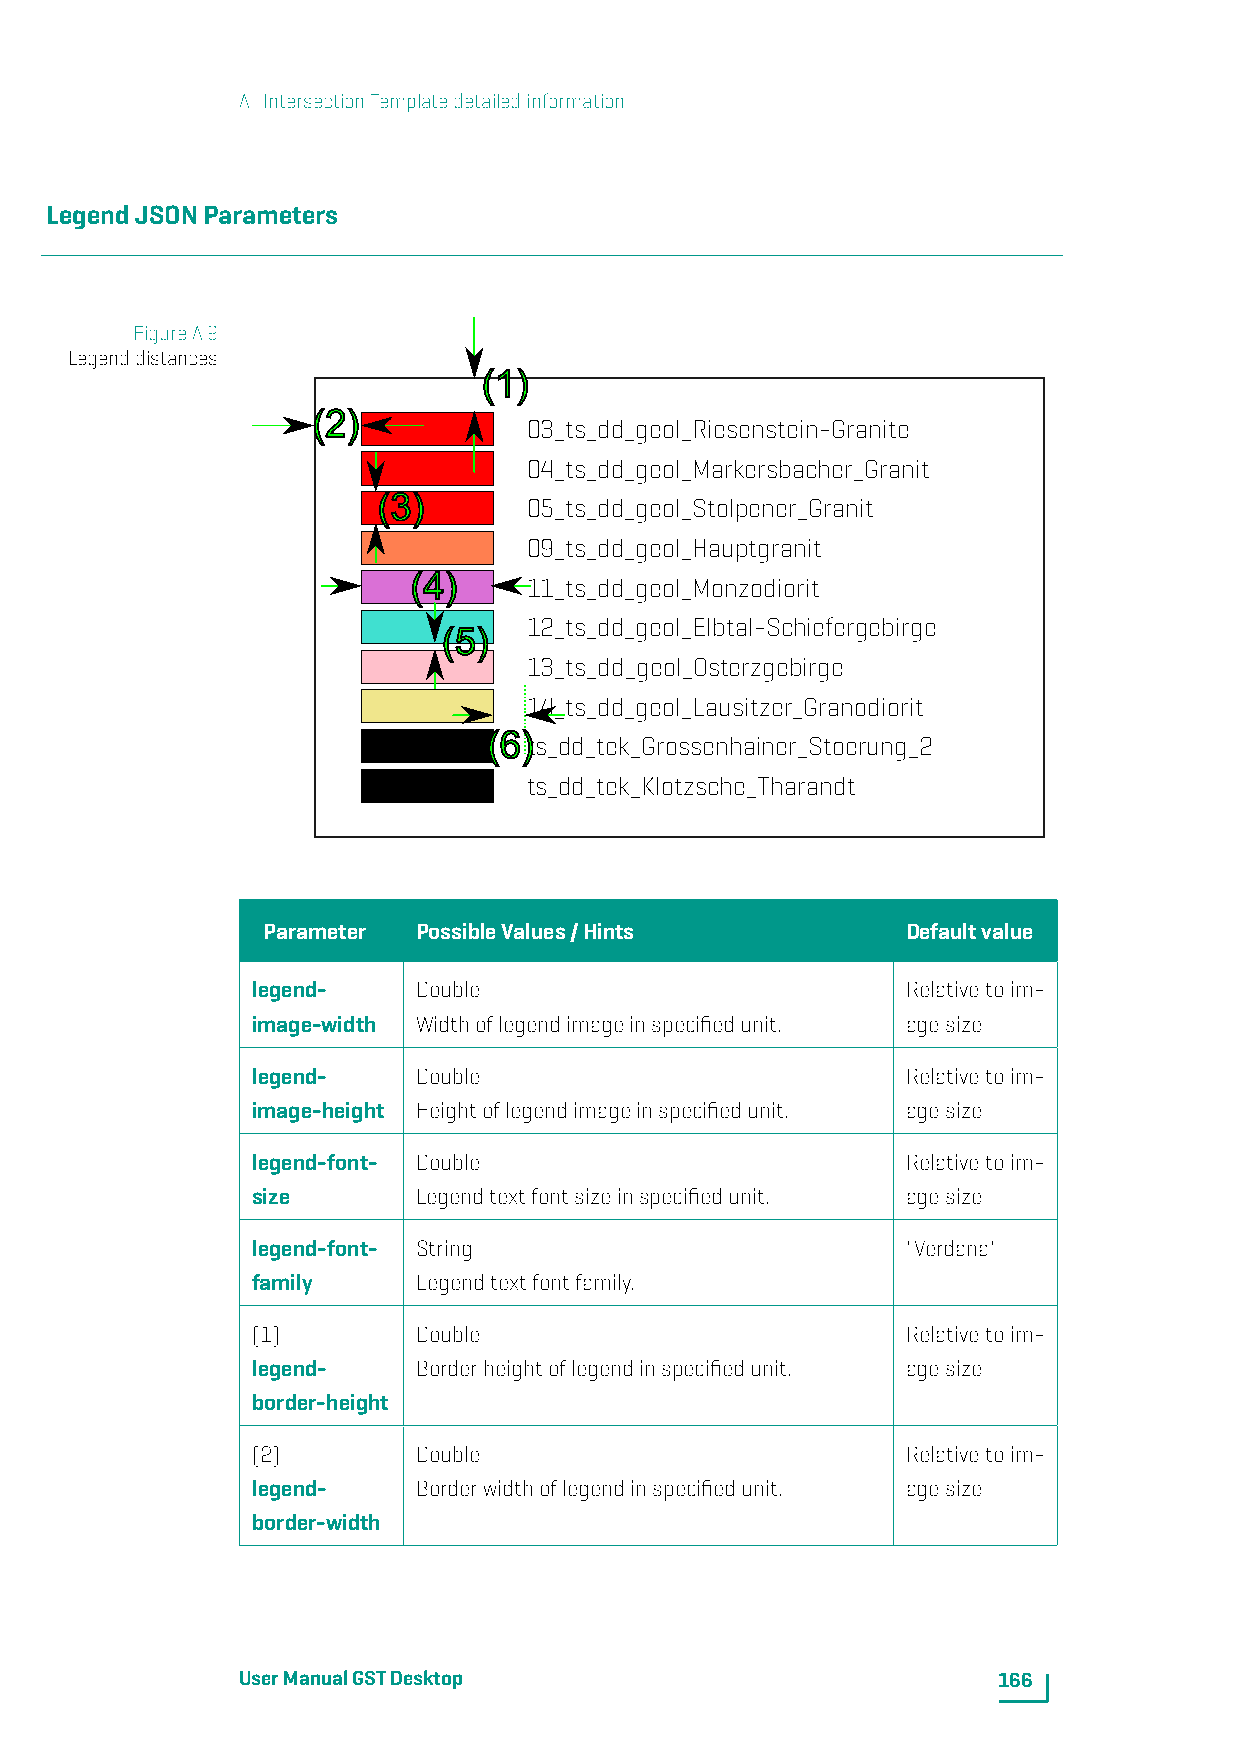
A. IntersectionTemplatedetailedinformation
 LegendJSONParameters
 FigureA.9
 Legenddistances
 (1)
 (2)
 03_ts_dd_geol_Riesenstein-Granite
 04_ts_dd_geol_Markersbacher_Granit
 (3)
 05_ts_dd_geol_Stolpener_Granit
 09_ts_dd_geol_Hauptgranit
 (4)
 11_ts_dd_geol_Monzodiorit
 12_ts_dd_geol_Elbtal-Schiefergebirge
 (5)
 13_ts_dd_geol_Osterzgebirge
 14_ts_dd_geol_Lausitzer_Granodiorit
 (6)
 ts_dd_tek_Grossenhainer_Stoerung_2
 ts_dd_tek_Klotzsche_Tharandt
 Parameter  PossibleValues/Hints            Defaultvalue
 legend-    Double                          Relativetoim-
 image-width Widthoflegendimageinspecifiedunit. agesize
 legend-    Double                          Relativetoim-
 image-height Heightoflegendimageinspecifiedunit. agesize
 legend-font- Double                        Relativetoim-
 size       Legendtextfontsizeinspecifiedunit. agesize
 legend-font- String                        "Verdana"
 family     Legendtextfontfamily.
 (1)        Double                          Relativetoim-
 legend-    Borderheightoflegendinspecifiedunit. agesize
 border-height
 (2)        Double                          Relativetoim-
 legend-    Borderwidthoflegendinspecifiedunit. agesize
 border-width
 UserManualGSTDesktop                              166